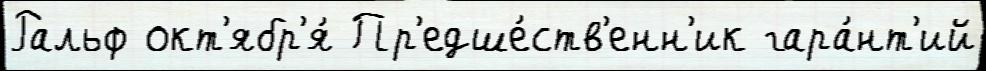
Ральф окт'ябр'я́ Пр'едше́ств'енн'ик гара́нт'ий